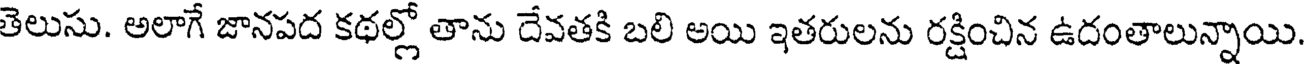
తెలుసు. అలాగే జానపద కథల్లో తాను దేవతకి బలి అయి ఇతరులను రక్షించిన ఉదంతాలున్నాయి